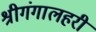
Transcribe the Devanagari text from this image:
श्रीगंगालहरी